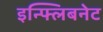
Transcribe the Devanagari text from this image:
इन्फ्लिबनेट